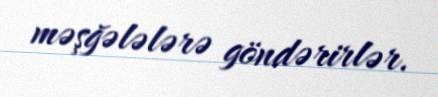
məşğələlərə göndərirlər.